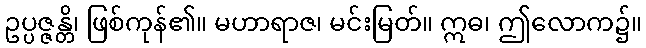
ဥပ္ပဇ္ဇန္တိ၊ ဖြစ်ကုန်၏။ မဟာရာဇ၊ မင်းမြတ်။ ဣဓ၊ ဤလောက၌။